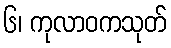
၆၊ ကုလာဝကသုတ်